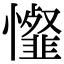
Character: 𢤯